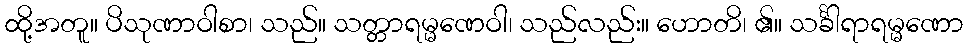
ထို့အတူ။ ပိသုဏာဝါစာ၊ သည်။ သတ္တာရမ္မဏေဝါ၊ သည်လည်း။ ဟောတိ၊ ၏။ သင်္ခါရာရမ္မဏော